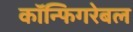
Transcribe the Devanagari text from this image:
कॉन्फिगरेबल